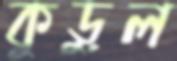
কুড়ুল